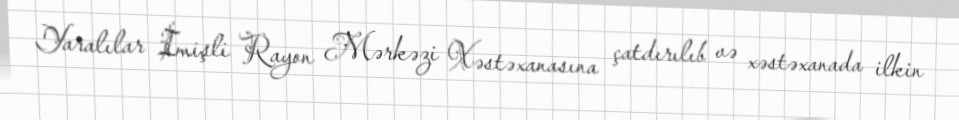
Yaralılar İmişli Rayon Mərkəzi Xəstəxanasına çatdırılıb və xəstəxanada ilkin